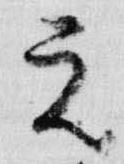
元